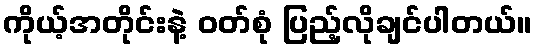
ကိုယ့်အတိုင်းနဲ့ ဝတ်စုံ ပြည့်လိုချင်ပါတယ်။